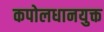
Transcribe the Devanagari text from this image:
कपोलधानयुक्त